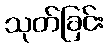
သုတ်ခြင်း